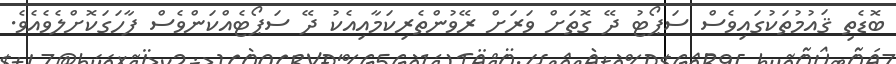
ބޮޑެތި ޤައުމުތަކުގައިވެސް ސަޕޯޓު ދޭ ގޮތަށް ވަރަށް ރޭވުންތެރިކަމާއިއެކު ދޭ ސަޕޯޓެއްކަންވެސް ފާހަގަކޮށްލެވެއެވެ.